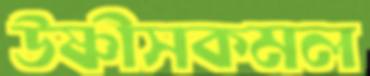
উষ্ণীসকমল